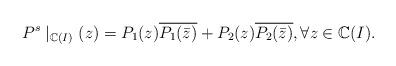
LaTeX: \begin{align*}P ^s\mid_{\mathbb C(I)} (z) =P_1(z) \overline{P_1(\bar z)} + P_2(z) \overline{P_2(\bar z) }, \forall z\in\mathbb C(I).\end{align*}